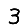
Digit: 3